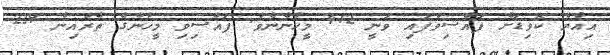
އިއްޔެ ކޮވިޑަށް ފައްސިވެފައި ވަނީ 412 މީހުންނެވެ. ފައްސިވި މީހުންގެ ތެރެއިން 239